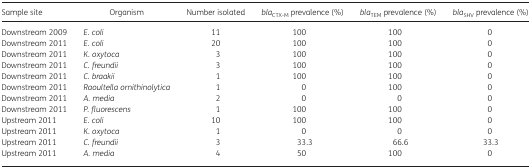
<table><thead><tr><td><b>Sample site</b></td><td><b>Organism</b></td><td><b>Number isolated</b></td><td><b><i>bla</i><sub>CTX-M</sub> prevalence (%)</b></td><td><b><i>bla</i><sub>TEM</sub> prevalence (%)</b></td><td><b><i>bla</i><sub>SHV</sub> prevalence (%)</b></td></tr></thead><tbody><tr><td>Downstream 2009</td><td><i>E. coli</i></td><td>11</td><td>100</td><td>100</td><td>0</td></tr><tr><td>Downstream 2011</td><td><i>E. coli</i></td><td>20</td><td>100</td><td>100</td><td>0</td></tr><tr><td>Downstream 2011</td><td><i>K. oxytoca</i></td><td>3</td><td>100</td><td>100</td><td>0</td></tr><tr><td>Downstream 2011</td><td><i>C. freundii</i></td><td>3</td><td>100</td><td>100</td><td>0</td></tr><tr><td>Downstream 2011</td><td><i>C. braakii</i></td><td>1</td><td>100</td><td>100</td><td>0</td></tr><tr><td>Downstream 2011</td><td><i>Raoultella ornithinolytica</i></td><td>1</td><td>0</td><td>100</td><td>0</td></tr><tr><td>Downstream 2011</td><td><i>A. media</i></td><td>2</td><td>0</td><td>0</td><td>0</td></tr><tr><td>Downstream 2011</td><td><i>P. fluorescens</i></td><td>1</td><td>100</td><td>100</td><td>0</td></tr><tr><td>Upstream 2011</td><td><i>E. coli</i></td><td>10</td><td>100</td><td>100</td><td>0</td></tr><tr><td>Upstream 2011</td><td><i>K. oxytoca</i></td><td>1</td><td>0</td><td>0</td><td>0</td></tr><tr><td>Upstream 2011</td><td><i>C. freundii</i></td><td>3</td><td>33.3</td><td>66.6</td><td>33.3</td></tr><tr><td>Upstream 2011</td><td><i>A. media</i></td><td>4</td><td>50</td><td>100</td><td>0</td></tr></tbody></table>